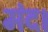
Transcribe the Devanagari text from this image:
मंद।